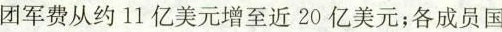
团军费从约11亿美元增至近20亿美元；各成员国